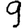
Digit: 9